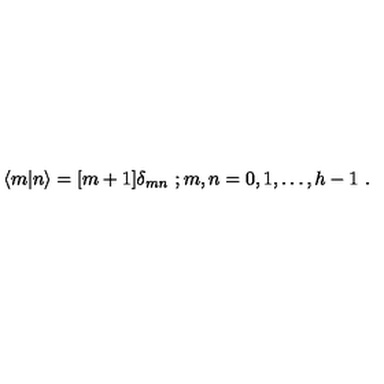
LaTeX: \langle m \vert n \rangle = [ m + 1 ] { \delta } _ { m n } \ ; m , n = 0 , 1 , \ldots , h - 1 \ .